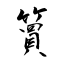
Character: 簤